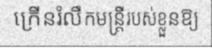
ក្រើនរំលឹកមន្ត្រីរបស់ខ្លួនឱ្យ